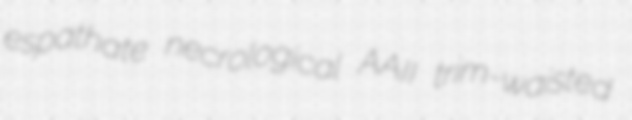
espathate necrological AAII trim-waisted